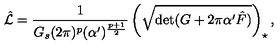
\hat { \cal L } = \frac { 1 } { G _ { s } ( 2 \pi ) ^ { p } ( \alpha ^ { \prime } ) ^ { \frac { p + 1 } { 2 } } } \left( \sqrt { \mathrm { d e t } ( G + 2 \pi \alpha ^ { \prime } \hat { F } ) } \right) _ { \star } ,